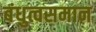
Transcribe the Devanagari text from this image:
बंधुत्वसमान